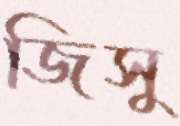
জিসু